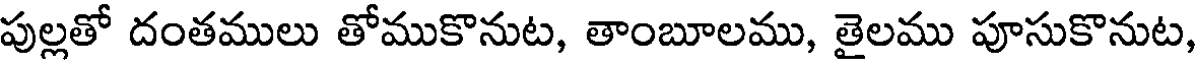
పుల్లతో దంతములు తోముకొనుట, తాంబూలము, తైలము పూసుకొనుట,